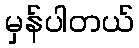
မှန်ပါတယ်